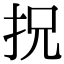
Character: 拀